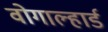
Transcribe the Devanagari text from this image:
वोगाल्हार्ड